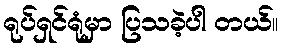
ရုပ်ရှင်ရုံမှာ ပြသခဲ့ပါ တယ်။